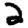
Digit: 2